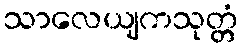
သာလေယျကသုတ္တံ